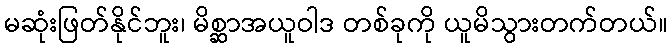
မဆုံးဖြတ်နိုင်ဘူး၊ မိစ္ဆာအယူဝါဒ တစ်ခုကို ယူမိသွားတက်တယ်။